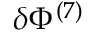
\delta \Phi ^ { ( 7 ) }